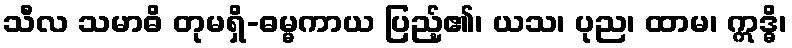
သီလ သမာဓိ တုမရှိ-ဓမ္မကာယ ပြည့်၏၊ ယသ၊ ပုည၊ ထာမ၊ ဣဒ္ဓိ၊